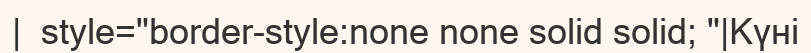
|  style="border-style:none none solid solid; "|Күні